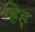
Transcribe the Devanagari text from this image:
ह्रिह्